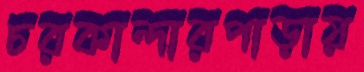
চরকান্দারপাড়ায়